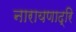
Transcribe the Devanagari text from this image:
नारायणाद्रि